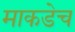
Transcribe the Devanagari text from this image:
माकडेच